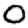
Digit: 0